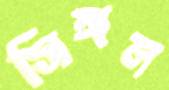
সিঙ্গল